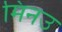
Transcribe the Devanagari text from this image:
मिनउ